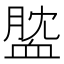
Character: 𧖺